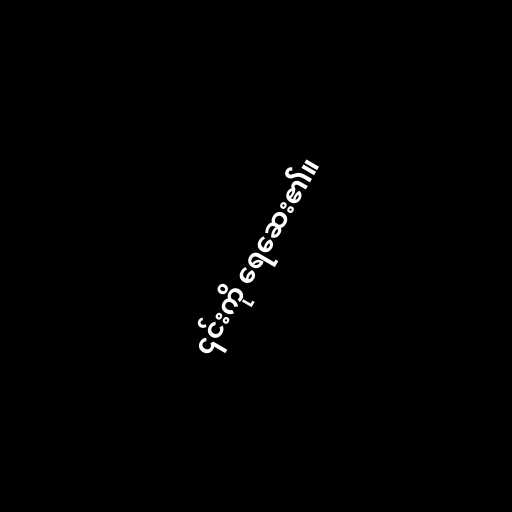
၎င်းကို ရေဆေး၏။